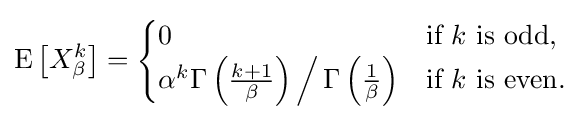
\operatorname {E} \left[X_{\beta }^{k}\right]={\begin{cases}0&{\text{if }}k{\text{ is odd,}}\\\alpha ^{k}\Gamma \left({\frac {k+1}{\beta }}\right){\Big /}\,\Gamma \left({\frac {1}{\beta }}\right)&{\text{if }}k{\text{ is even.}}\end{cases}}